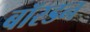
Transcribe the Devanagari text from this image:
बॉरडन